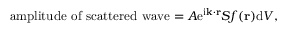
{ \mathrm { a m p l i t u d e ~ o f ~ s c a t t e r e d ~ w a v e } } = A \mathrm { e } ^ { \mathrm { i } \mathbf { k } \cdot \mathbf { r } } S f ( \mathbf { r } ) \mathrm { d } V ,